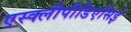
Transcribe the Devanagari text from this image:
एस्क्लीपीडिएसिई